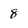
Character: 8